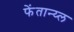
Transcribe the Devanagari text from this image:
फेंतान्य्ल